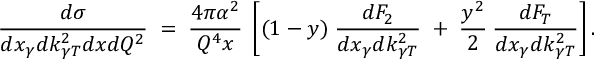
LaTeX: \frac { d \sigma } { d x _ { \gamma } d k _ { \gamma T } ^ { 2 } d x d Q ^ { 2 } } \; = \; \frac { 4 \pi \alpha ^ { 2 } } { Q ^ { 4 } x } \; \left[ ( 1 - y ) \; \frac { d F _ { 2 } } { d x _ { \gamma } d k _ { \gamma T } ^ { 2 } } \; + \; \frac { y ^ { 2 } } { 2 } \: \frac { d F _ { T } } { d x _ { \gamma } d k _ { \gamma T } ^ { 2 } } \right] .